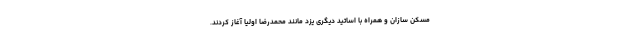
مسکن سازان و همراه با اساتید دیگری یزد مانند محمدرضا اولیا آغاز کردند.